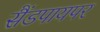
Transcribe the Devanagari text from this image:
सैंडपायपर